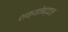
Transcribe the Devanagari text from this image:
शक्यतेबद्दल